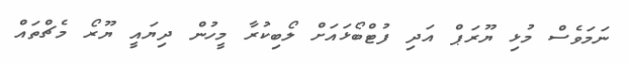
ނަމަވެސް މުޅި ޔޫރަޕް އަދި ފުޓްބޯޅައަށް ލޯބިކުރާ މީހުން ދިޔައީ ޔޫރޯ މެޗްތައް